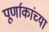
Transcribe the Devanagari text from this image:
पूर्णाकांच्या